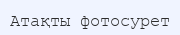
Атақты фотосурет